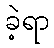
ခဲ့ရာ